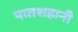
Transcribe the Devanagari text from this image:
पातशहानी